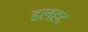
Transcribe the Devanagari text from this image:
हलहद